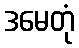
ဒမေတုံ